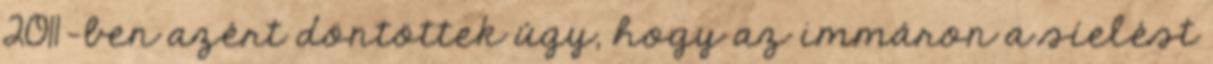
2011-ben azért döntöttek úgy, hogy az immáron a síelést